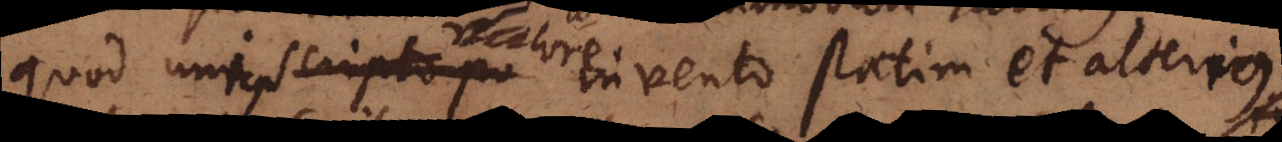
quod unius scripto po valore invento statim et alterius